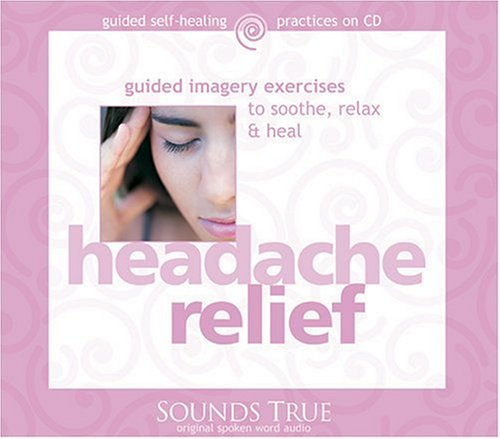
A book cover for Headache Relief (Guided Self-Healing Ser.); Martin Rossman; Health, Fitness & Dieting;